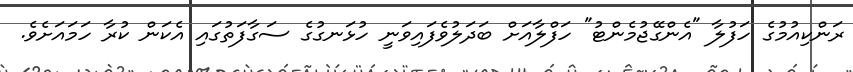
ރަންކިއުމުގެ ހަފުލާ "އެންގޭޖުމެންޓު" ހަފްލާއަށް ބަދަލުވެފައިވަނީ ހުޅަނގުގެ ސަގާފަތުގައި އެކަން ކުރާ ހަމައަށެވެ.